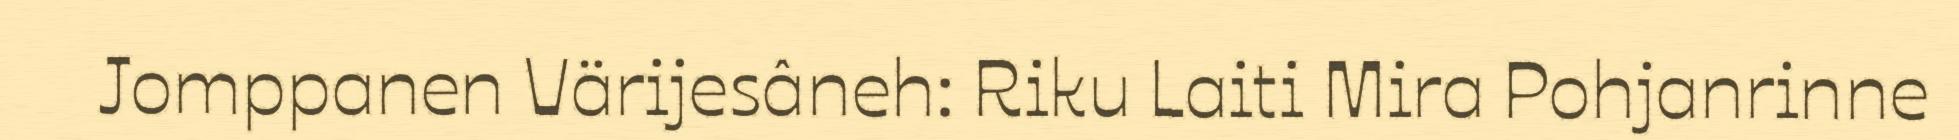
Jomppanen Värijesâneh: Riku Laiti Mira Pohjanrinne